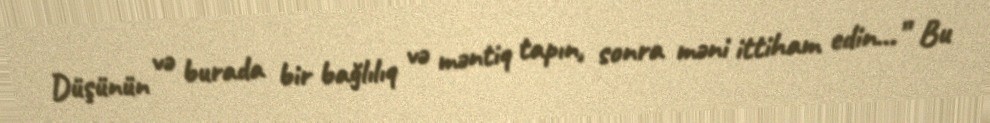
Düşünün və burada bir bağlılıq və məntiq tapın, sonra məni ittiham edin...” Bu